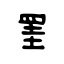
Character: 罣